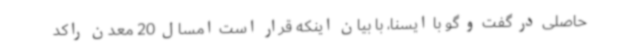
حاصلی در گفت و گو با ایسنا، با بیان اینکه قرار است امسال 20 معدن راکد